59_64634_711.5612[7-2852
Agency: Department of State
Incident date: 7/18/52
Page 3
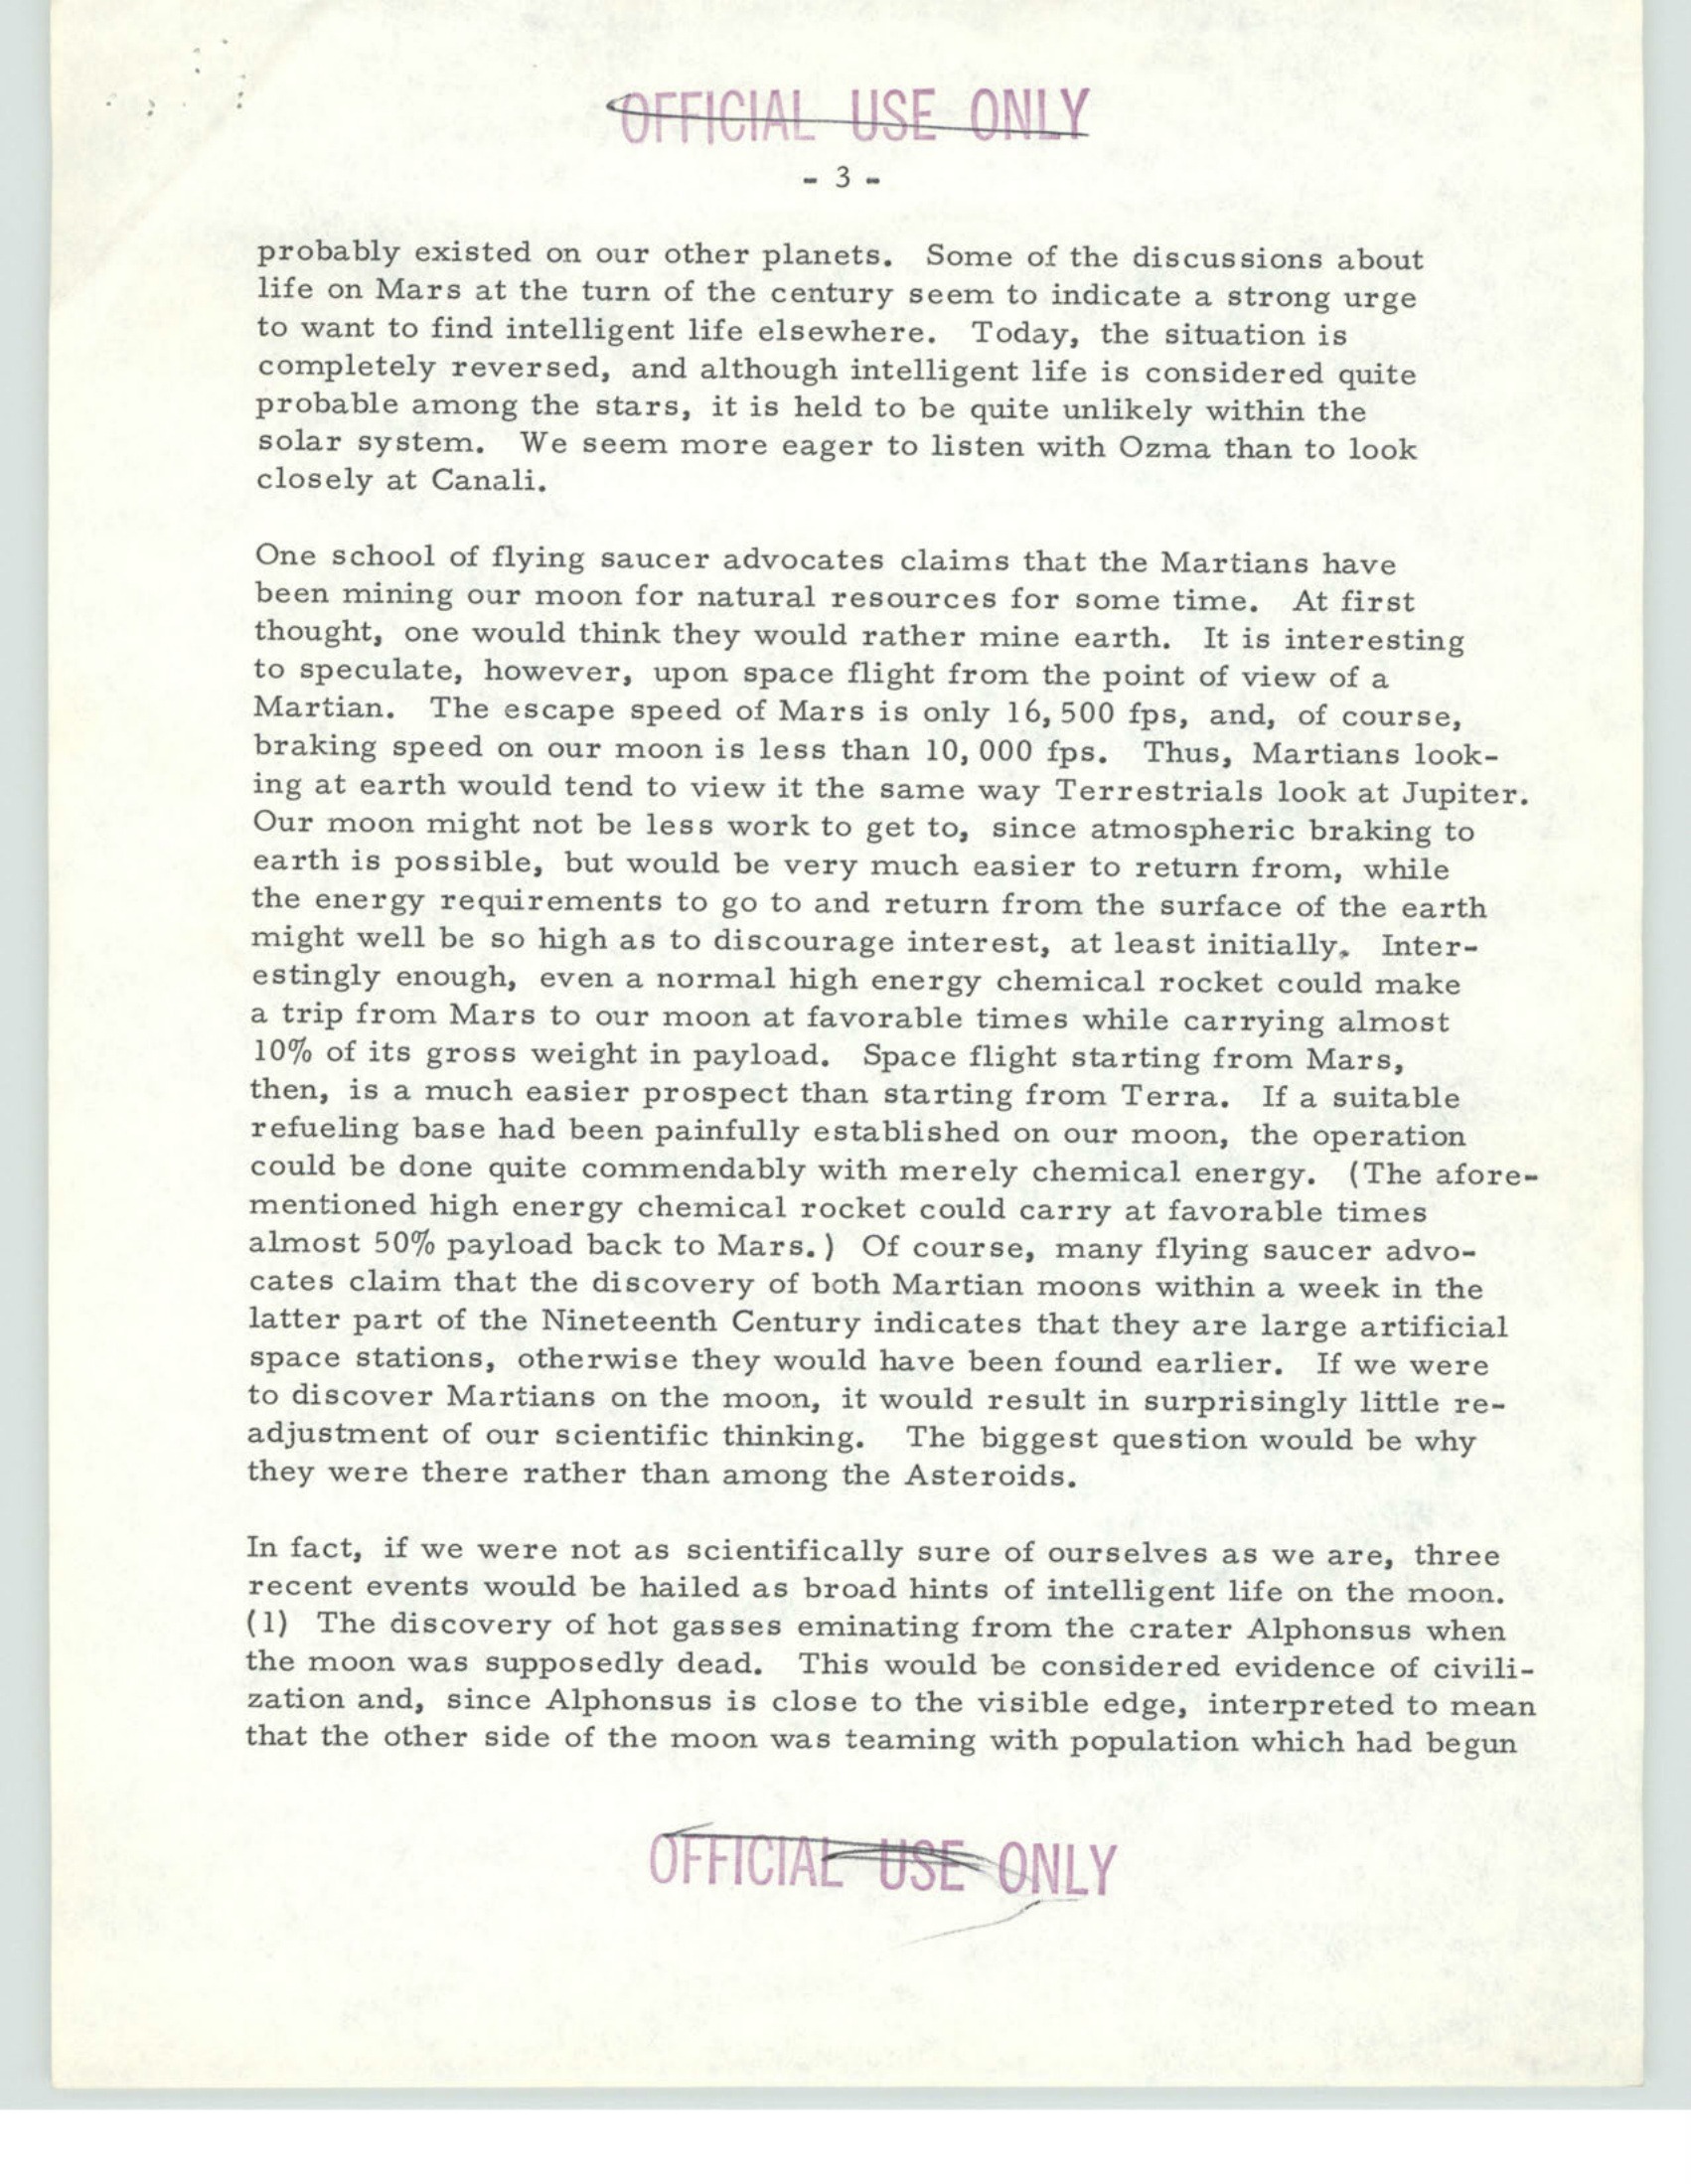